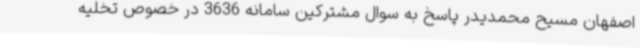
اصفهان مسیح محمدیدر پاسخ به سوال مشترکین سامانه 3636 در خصوص تخلیه